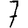
Digit: 7